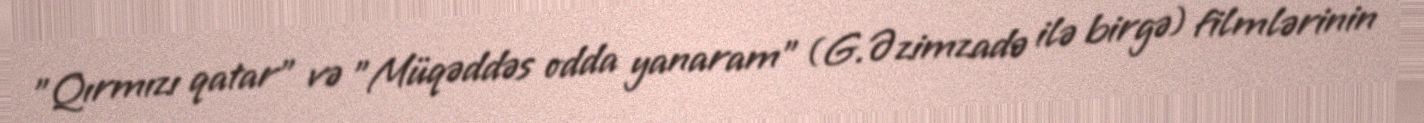
"Qırmızı qatar" və "Müqəddəs odda yanaram" (G.Əzimzadə ilə birgə) filmlərinin